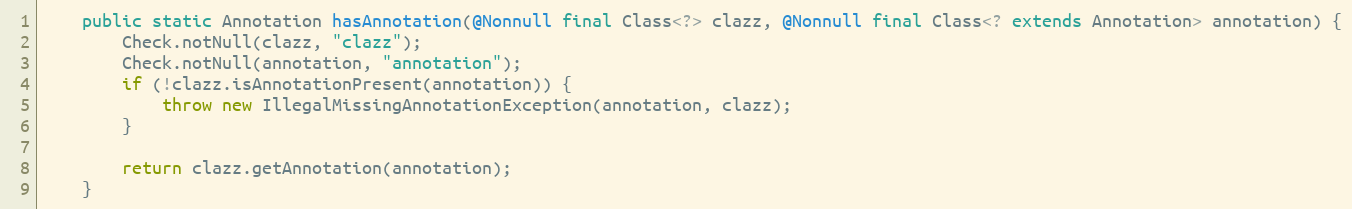
Language: Java
	public static Annotation hasAnnotation(@Nonnull final Class<?> clazz, @Nonnull final Class<? extends Annotation> annotation) {
		Check.notNull(clazz, "clazz");
		Check.notNull(annotation, "annotation");
		if (!clazz.isAnnotationPresent(annotation)) {
			throw new IllegalMissingAnnotationException(annotation, clazz);
		}

		return clazz.getAnnotation(annotation);
	}